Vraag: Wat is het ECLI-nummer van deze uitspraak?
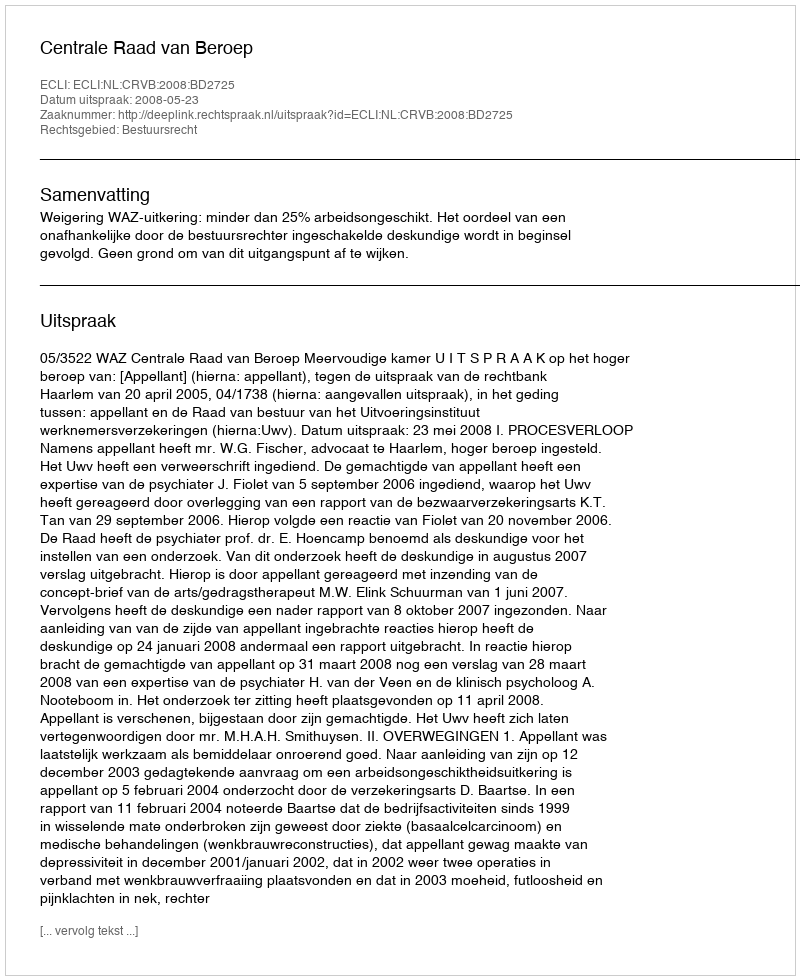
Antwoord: ECLI:NL:CRVB:2008:BD2725